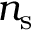
n _ { \mathrm { s } }